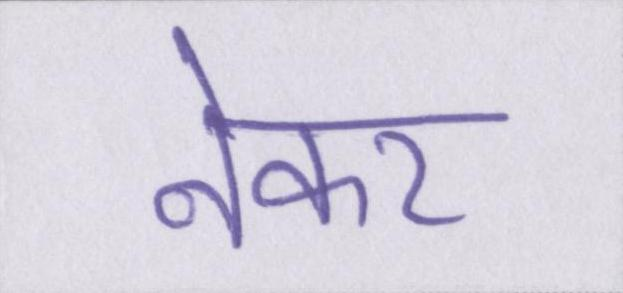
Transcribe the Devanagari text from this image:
नेकर